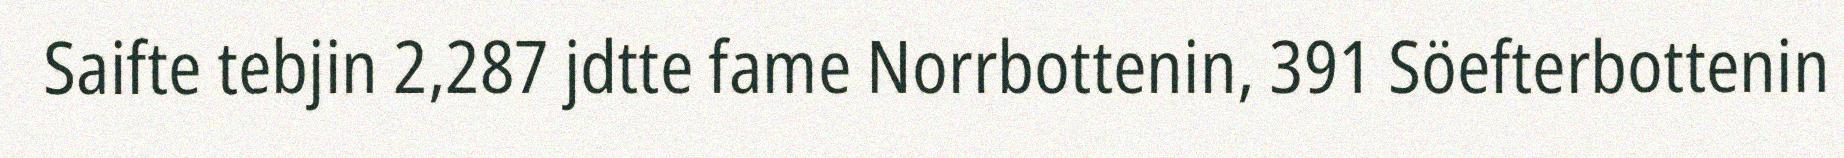
Saifte tebjin 2,287 jdtte fame Norrbottenin, 391 Söefterbottenin